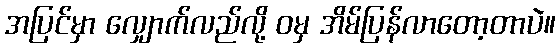
အပြင်မှာ လျှောက်လည်လို့ ဝမှ အိမ်ပြန်လာတော့တာပဲ။